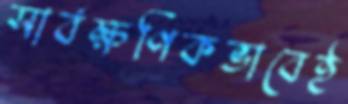
সার্বক্ষণিকভাবেই